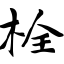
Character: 栓